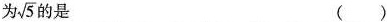
为\sqrt{5}的是 ()